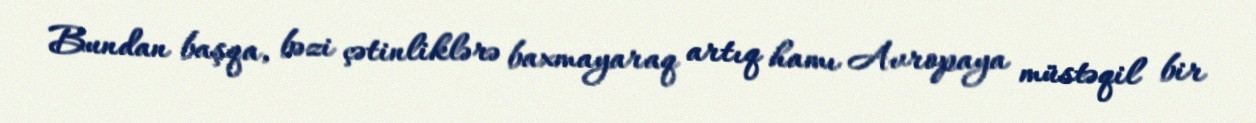
Bundan başqa, bəzi çətinliklərə baxmayaraq artıq hamı Avropaya müstəqil bir